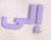
إلى